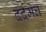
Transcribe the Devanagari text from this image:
दर्दमेघ